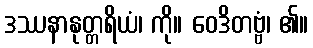
ဒဿနာနုတ္တရိယံ၊ ကို။ ဝေဒိတဗ္ဗံ၊ ၏။